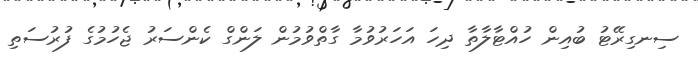
ސިނގިރޭޓު ބުއިން ހުއްޓާލާތާ ދިހަ އަހަރުވުމާ ގާތްވުމުން ލަންގް ކެންސަރު ޖެހުމުގެ ފުރުސަތި